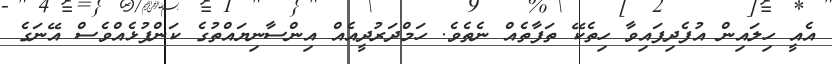
އެއީ ހިލައިން އުފެދިފައިވާ ހިތެކޭ ތަފާތެއް ނެތެވެ. ހަމްދަރުދީއެއް އިންސާނިޔައްތުގެ ކަންފުޅެއްވެސް އޭނަގެ